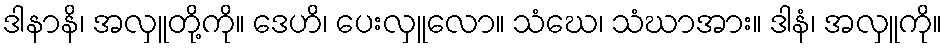
ဒါနာနိ၊ အလှူတို့ကို။ ဒေဟိ၊ ပေးလှူလော။ သံဃေ၊ သံဃာအား။ ဒါနံ၊ အလှူကို။